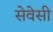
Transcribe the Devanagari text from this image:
सेवेसी